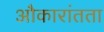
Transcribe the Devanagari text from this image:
औकारांतता